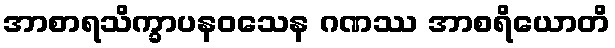
အာစာရသိက္ခာပနဝသေန ဂဏဿ အာစရိယောတိ